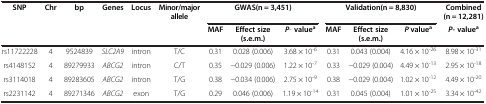
<table><thead><tr><td rowspan="2"><b>SNP</b></td><td rowspan="2"><b>Chr</b></td><td rowspan="2"><b>bp</b></td><td rowspan="2"><b>Genes</b></td><td rowspan="2"><b>Locus</b></td><td rowspan="2"><b>Minor/major allele</b></td><td colspan="3"><b>GWAS(n = 3,451)</b></td><td colspan="3"><b>Validation(n = 8,830)</b></td><td><b>Combined(n = 12,281)</b></td></tr><tr><td><b>MAF</b></td><td><b>Effect size (s.e.m.)</b></td><td><b><i>P</i>- value<sup>a</sup></b></td><td><b>MAF</b></td><td><b>Effect size (s.e.m.)</b></td><td><b><i>P</i><sup>-</sup>value<sup>a</sup></b></td><td><b><i>P- </i>value<sup>a</sup></b></td></tr></thead><tbody><tr><td>rs11722228</td><td>4</td><td>9524839</td><td><i>SLC2A9</i></td><td>intron</td><td>T/C</td><td>0.31</td><td>0.028 (0.006)</td><td>3.68 × 10<sup>-6</sup></td><td>0.31</td><td>0.043 (0.004)</td><td>4.16 × 10<sup>-26</sup></td><td>8.98 × 10<sup>-31</sup></td></tr><tr><td>rs4148152</td><td>4</td><td>89279933</td><td><i>ABCG2</i></td><td>intron</td><td>C/T</td><td>0.35</td><td>−0.029 (0.006)</td><td>1.22 × 10<sup>-7</sup></td><td>0.33</td><td>−0.029 (0.004)</td><td>4.49 × 10<sup>-13</sup></td><td>2.95 × 10<sup>-18</sup></td></tr><tr><td>rs3114018</td><td>4</td><td>89283605</td><td><i>ABCG2</i></td><td>intron</td><td>T/G</td><td>0.38</td><td>−0.034 (0.006)</td><td>2.75 × 10<sup>-9</sup></td><td>0.38</td><td>−0.029 (0.004)</td><td>1.02 × 10<sup>-12</sup></td><td>4.49 × 10<sup>-20</sup></td></tr><tr><td>rs2231142</td><td>4</td><td>89271346</td><td><i>ABCG2</i></td><td>exon</td><td>T/G</td><td>0.29</td><td>0.046 (0.006)</td><td>1.19 × 10<sup>-14</sup></td><td>0.31</td><td>0.045 (0.004)</td><td>1.01 × 10<sup>-25</sup></td><td>3.34 × 10<sup>-42</sup></td></tr></tbody></table>